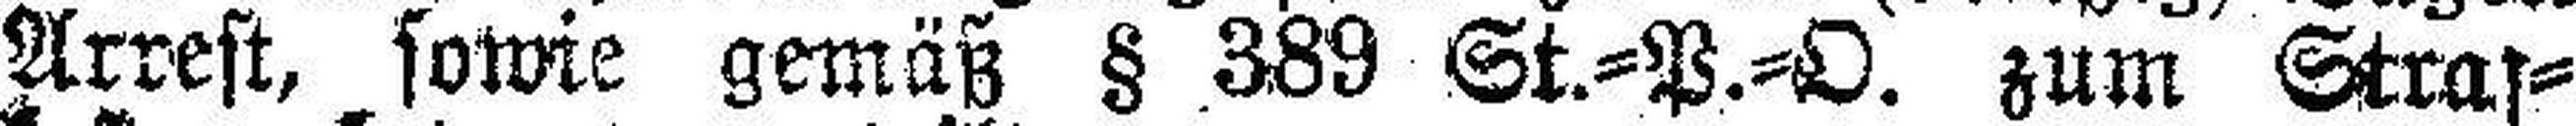
Arrest, sowie gemäß § 389 St.=P.=O. zum Straf¬